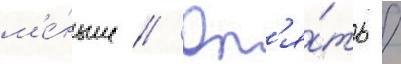
м'е́ньше // Оп'я́ть /